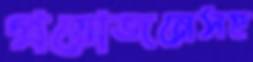
প্রয়োজনেসহ